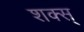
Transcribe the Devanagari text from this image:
शक्स्